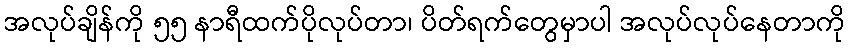
အလုပ်ချိန်ကို ၅၅ နာရီထက်ပိုလုပ်တာ၊ ပိတ်ရက်တွေမှာပါ အလုပ်လုပ်နေတာကို